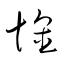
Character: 懷